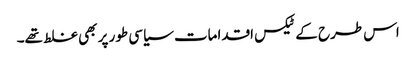
اس طرح کے ٹیکس اقدامات سیاسی طور پر بھی غلط تھے۔